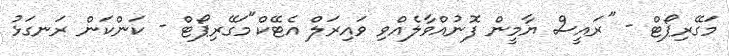
މަގޭރިޕޯޓް - "ރައީސް ޔާމީން ފޮނުއްވާލެއްވި ވައިރަލް އެޓޭކް"މަގޭރިޕޯޓް - ކަންކަން ރަނގަޅު